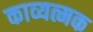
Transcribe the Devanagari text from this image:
काव्यत्मक